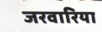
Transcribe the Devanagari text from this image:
जरवारिया